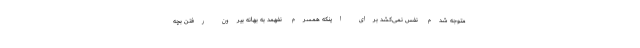
متوجه شدم نفس نمی‌کشد برای اینکه همسرم نفهمد به بهانه بیرون رفتن بچه